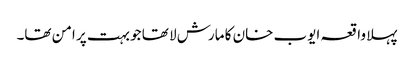
پہلا واقعہ ایوب خان کا مارش لا تھا جو بہت پر امن تھا۔